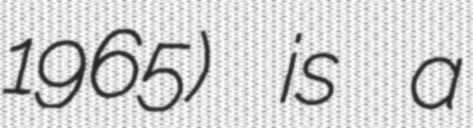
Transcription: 1965) is a